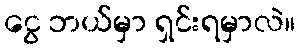
ငွေ ဘယ်မှာ ရှင်းရမှာလဲ။